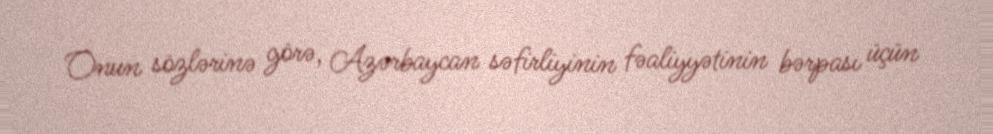
Onun sözlərinə görə, Azərbaycan səfirliyinin fəaliyyətinin bərpası üçün